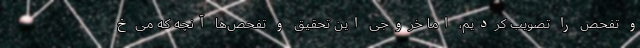
و تفحص را تصویب کردیم، اما خروجی این تحقیق و تفحص‌ها آنچه که می‌خ